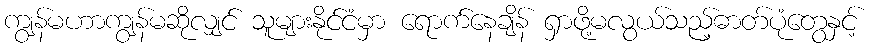
ကျွန်မဟာကျွန်မဆိုလျှင် သူများနိုင်ငံမှာ ရောက်နေချိန် ရှာဖို့မလွယ်သည့်ဓာတ်ပုံတွေနှင့်